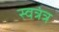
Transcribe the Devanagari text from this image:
स्वत्रंत्र